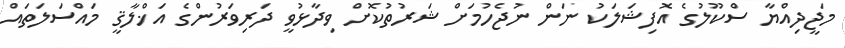
މަޖީދިއްޔާ ސްކޫލުގެ އޮފިޝަލަކު ނަން ނުޖެހުމަށް ޝަރުތުކޮށް ވިދާޅުވީ ދަރިވަރުންގެ އަޚްލާޤީ މައްސަލަތައް